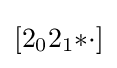
[2_{0}2_{1}{*}{\cdot }]